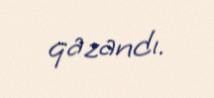
qazandı.